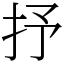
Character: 抒